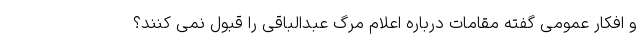
و افکار عمومی گفته مقامات درباره اعلام مرگ عبدالباقی را قبول نمی کنند؟